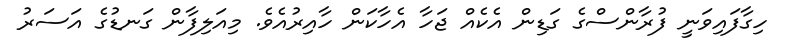
ހިގާފައިވަނީ ފުރާންސްގެ ގަޑިން އެކެއް ޖަހާ އެހާކަން ހާއިރުއެވެ. މިއަލިފާން ގަނޑުގެ އަސަރު